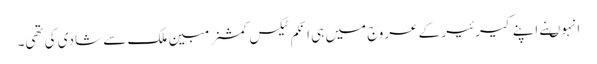
انہوںنے اپنے کیرئیر کے عروج میں ہی انکم ٹیکس کمشنر مبین ملک سے شادی کی تھی۔